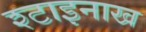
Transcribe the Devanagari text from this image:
श्टाइनाख